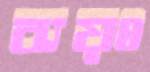
ব্যয়ঃ